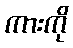
ကားကို